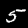
Digit: 5